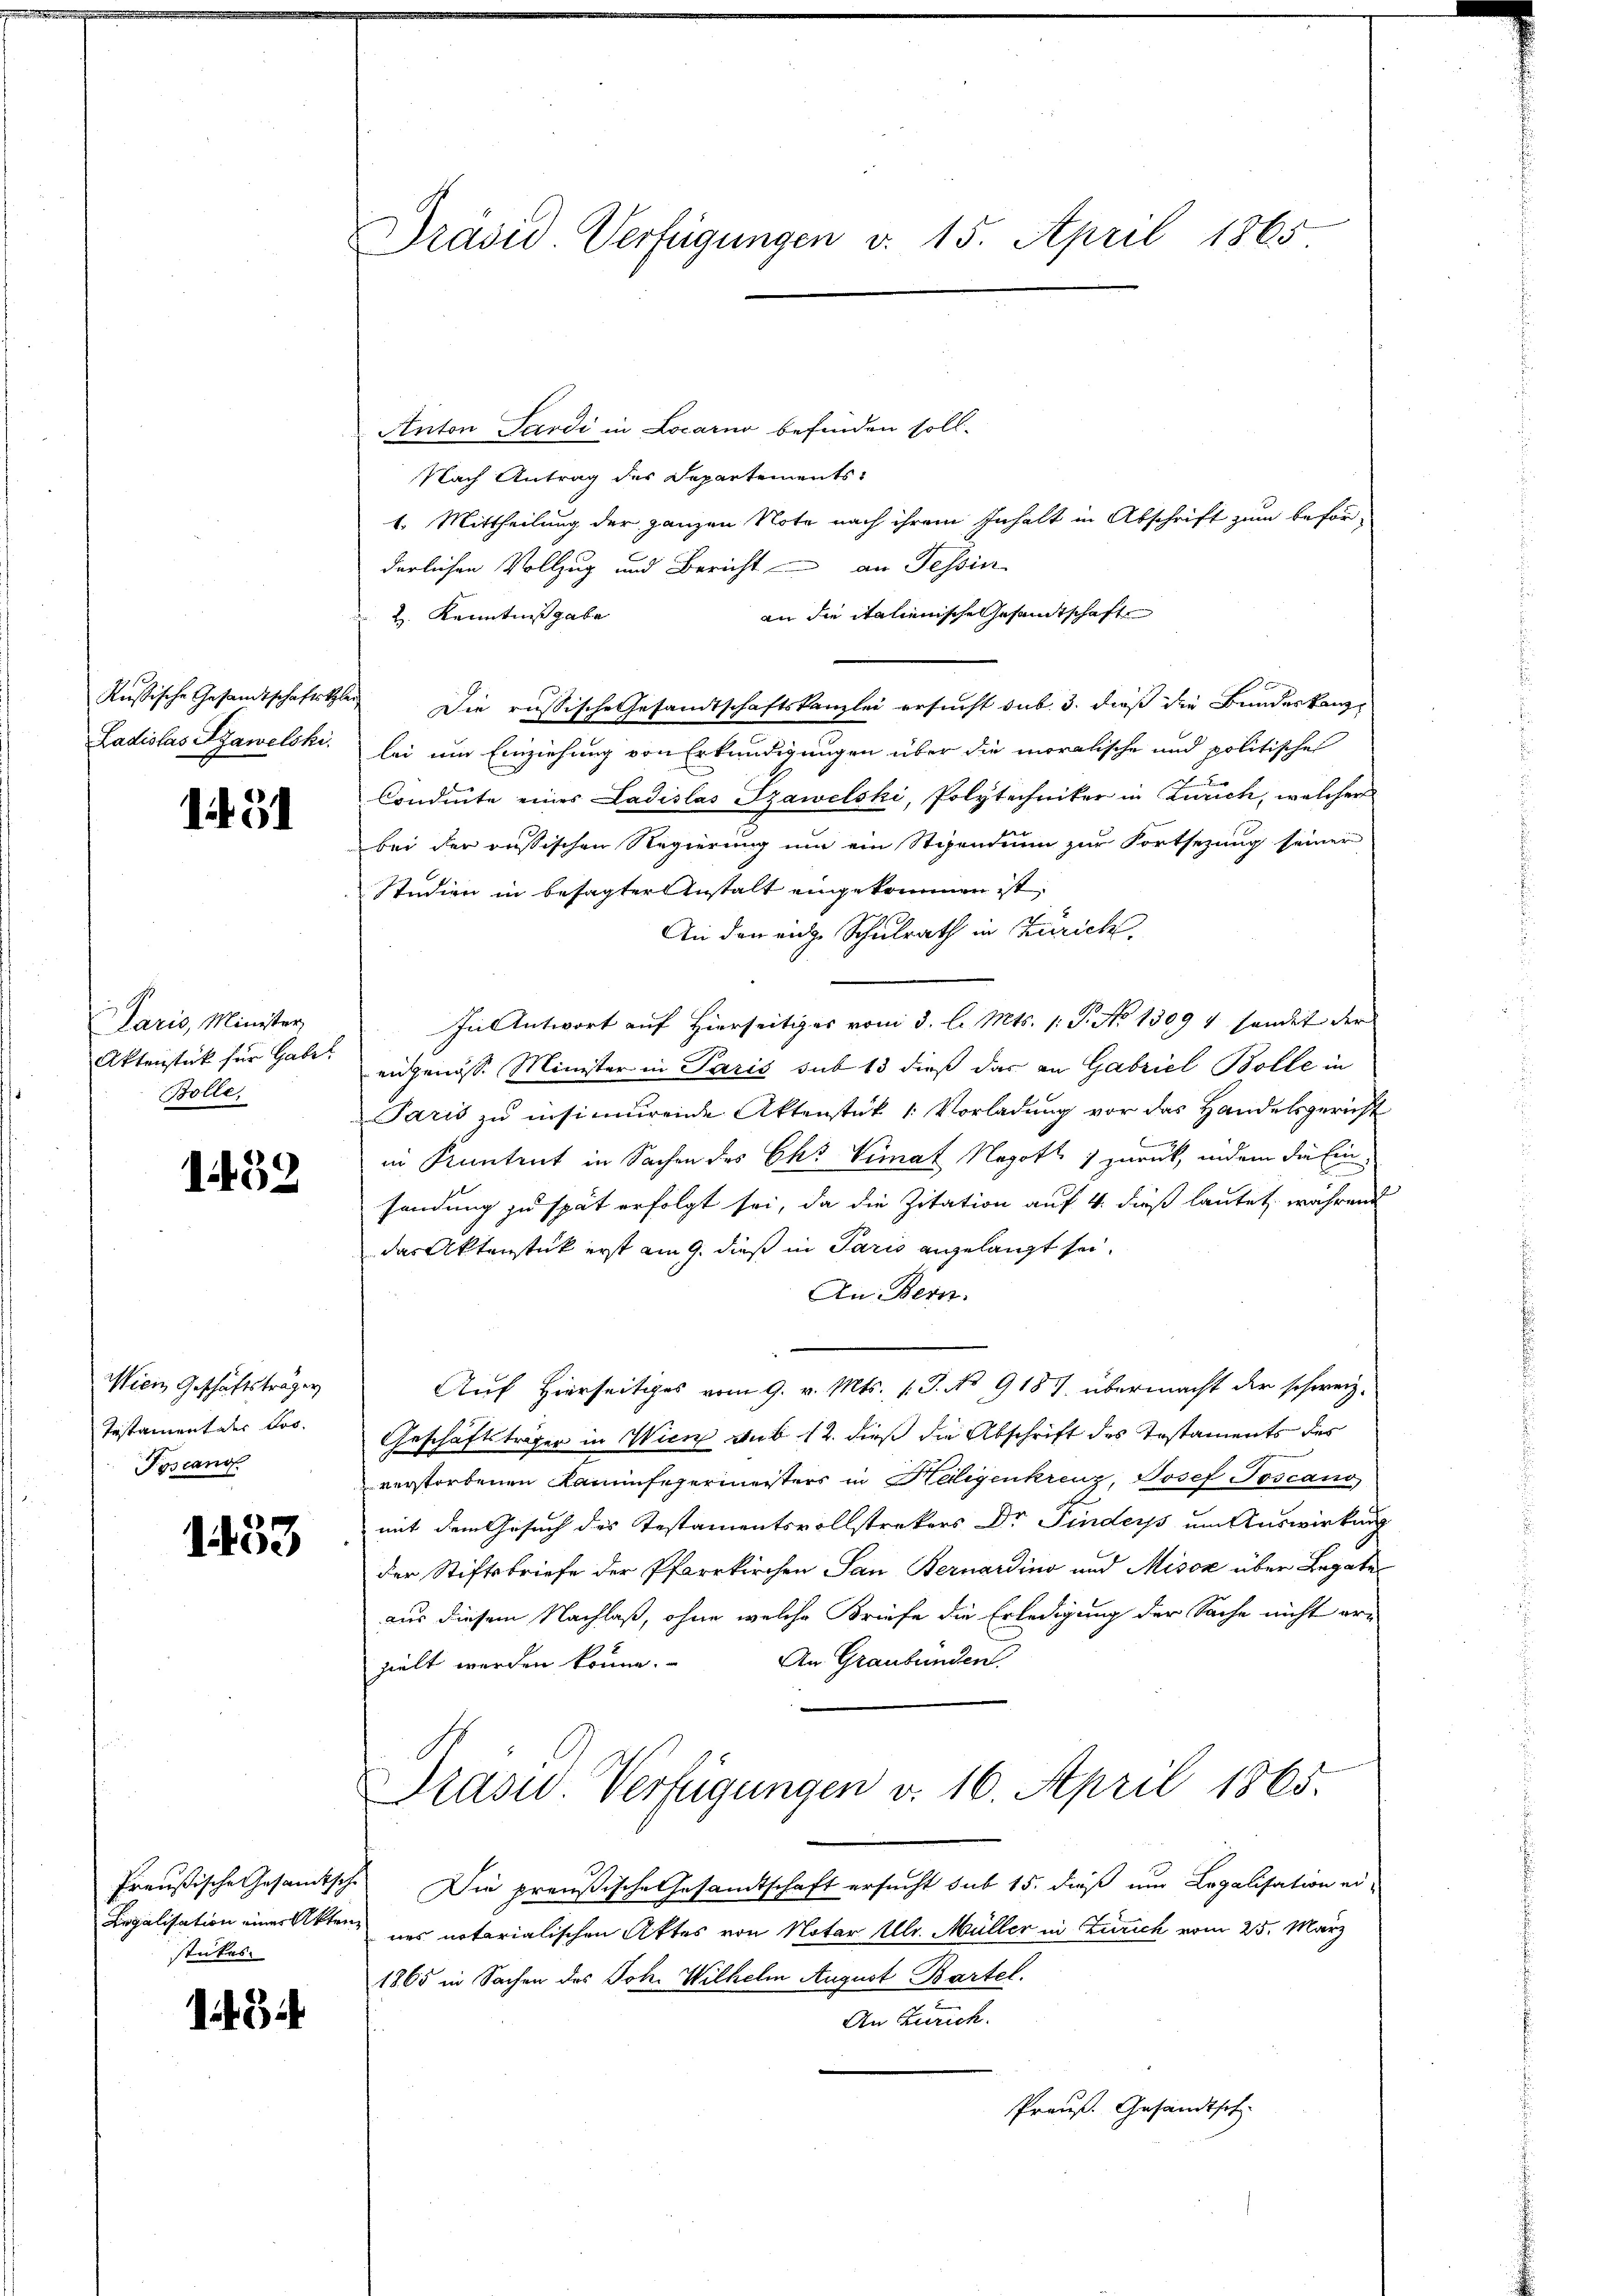
G1

Paris, Minister
Bolle,

1439

Wien Geschäftsträger
Testament der Jos.
Toscano

1453

Legalisation einer Akten
stückes.

Präsid. Verfügungen v. 15. April 1865

Anton Pardi in Locarno befinden soll-
Nach Antrag des Departements
1. Mittheilung der ganzen Note nach ihrem Inhalt in Abschrift zum beförderlichen Vollzug und Bericht an Tessin
an die italienische Gesandtschaft
H. Kenntnißgabe
Russische Gesandtschaftskler Die russische Gesandtschaftskanzlei ersucht sub. 3. dieß die Bundeskanz¬
Ladislas Syawelski, bei um Einziehung von Erkundigungen über die moralische und politische
Condeute eines Ladislas Szawelski, Polytechniker in Zürich, welcher
bei der russischen Regierung um ein Stipendium zur Fortsezung seiner
Studien in besagter Anstalt eingekommen ist.
An den eiche Schulrath in Zürich
In Antwort auf Hierseitiges vom 3. l. Mts. 1. P. No 1309 4 fandet der
Aktenstück für habe angenöss. Minister in Paris sub 13 dieß das an Gabriel Bolle in
Paris zu insinuirende Aktenstük 1: Vorladung vor das Handelsgericht
C
in Kantent in Sachen des Chr. Vimat Negott 7 zurück, indem die Einsendung zu spät erfolgt sei, da die Zitation auf 4. dieß lautet, während
das Aktenstück erst am 9. dieß in Paris angelangt sei.
An Bern.
Auf Hierseitiges vom 9. v. Mts. (T. No 9187 übermacht der schweiz.
Geschäftsträger in Wien sub 12. dieß die Abschrift des Testaments des
verstorbenen Kaminfegermeisters in Heligenkreuz, Josef Toscano
mit dem Gesuch des Testamentsvollstrekers Dr Finders um Auswirkung
der Stiftsbriefe der Pfarrkirchen San Bernarding und Misox über Legate
aus diesem Nachlaß, ohne welche Briefe die Erledigung der Sache nicht er-
An Graubünden.
hielt werden könne.
Präsid. Verfügungen v. 16. April 1865.
Preußische Gesamtsche Die preußische Gesandtschaft ersucht sub 15. dieß um Legalisation eines notarialischen Aktes von Notar Ulr. Müller in Zürich vom 25. März
1865 in Sachen des Joh. Wilhelm August Bartel.
An Zürich.
Preuß. Gesandtsch